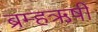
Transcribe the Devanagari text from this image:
ब्रम्हऋषी